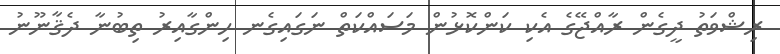
ރިޝްވަތު ދީގެން ރާއްޖޭގެ އެކި ކަންކޮޅުން މަސައްކަތް ނަގައިގެނ ހިންގާއިރު ތިބުނާ ދެޤާނޫނު